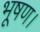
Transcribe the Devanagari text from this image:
भूषण।